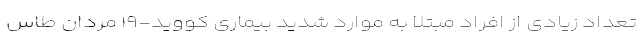
تعداد زیادی از افراد مبتلا به موارد شدید بیماری کووید-۱۹ مردان طاس